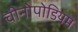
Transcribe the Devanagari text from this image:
चीनोपोडियम